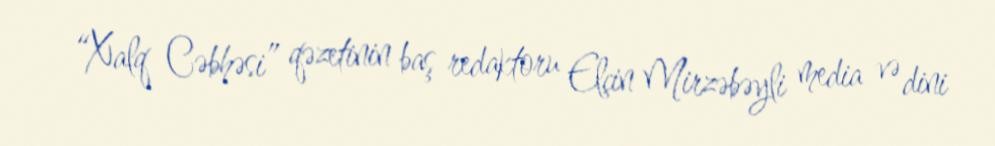
“Xalq Cəbhəsi” qəzetinin baş redaktoru Elçin Mirzəbəyli media və dini